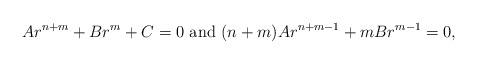
LaTeX: \begin{align*}Ar^{n+m}+Br^m+C=0\textrm{ and }(n+m)Ar^{n+m-1}+mBr^{m-1}=0,\end{align*}